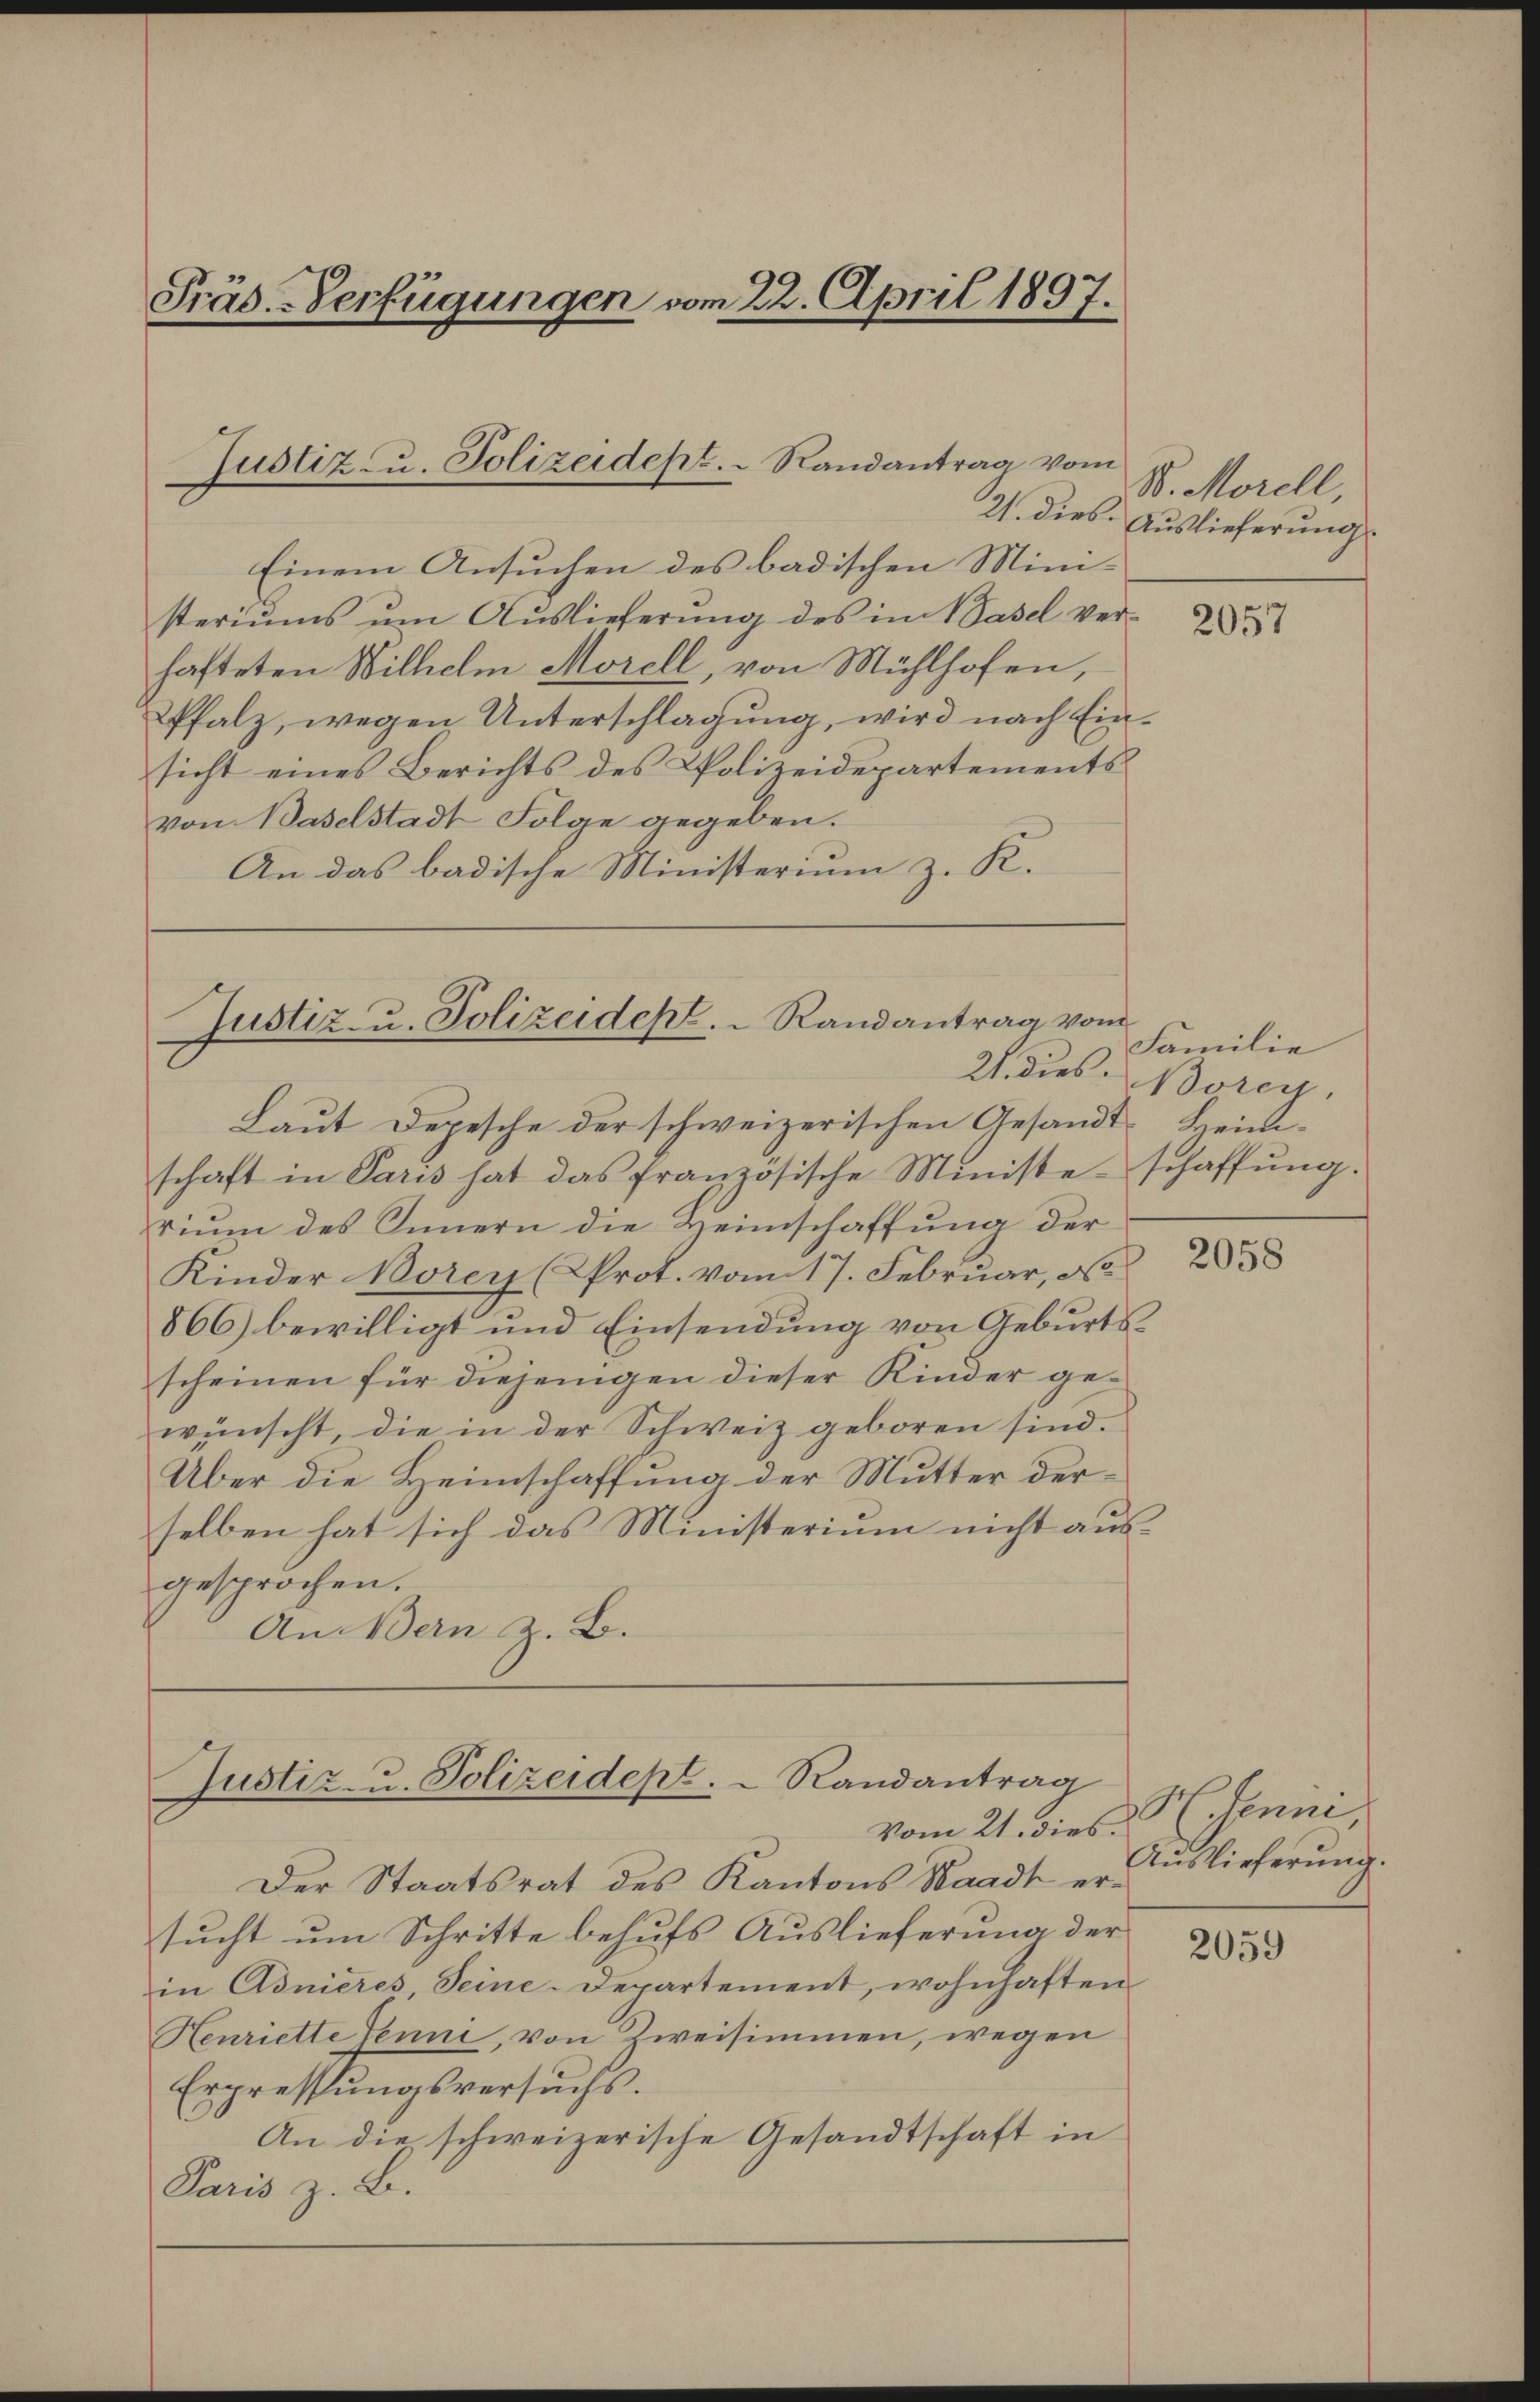
Präs.-Verfügungen vom 22. April 1897.

Justiz- u. Polizeidept. Randantrag von

Justiz- u. Polizeidept. Randantrag vom
21. dies

Einem Ansuchen des badischen Mini-
steriums um Auslieferung des in Basel verhafteten Wilhelm Morell, von Mühlhofen,
Pfalz, wegen Unterschlagung, wird nach Einsicht eines Berichts des Polizeidepartements
von Baselstadt Folge gegeben.
An das badische Ministerium z. K.

Laut Depesche der schweizerischen Gesandt-Heimschaft in Paris hat das französische Ministeschaffŭng.
rium des Innern die Heimschaffung der
Kinder Borer (Prot. vom 17. Februar, No
866) bewilligt und Einsendung von Geburtsscheinen für diejenigen dieser Kinder gewünscht, die in der Schweiz geboren sind.
Über die Heimschaffung der Mutter derselben hat sich das Ministerium nicht aus-
gesprochen.
An Bern z. B.

Justiz- u. Polizeidept.  Randantrag
Vom 21. dies

Der Staatsrat des Kantons Waadt ersucht um Schritte behufs Auslieferung der
in Adnieres, Seine-Departement, wohnhaften
Henriette Jenne, von Zweisimmen, wegen
Erpressungsversuchs.
An die schweizerische Gesandtschaft in
Paris z. B.

n
S. Morell,
21. dies. Auslieferung

2057

Familie
Borey,

2058

Henni,
Auslieferung.

2059